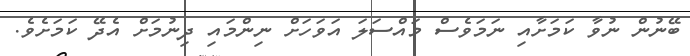
ބޭނުން ނުވާ ކަމަށާއި ނަމަވެސް މައްސަލަ އަވަހަށް ނިންމައި ދިނުމަށް އެދޭ ކަމަށެވެ.